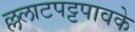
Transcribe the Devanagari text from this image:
ल्ललाटपट्टपावके